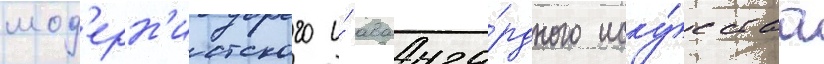
мод'ерн'истского и́ аванга́рдного иску́сства